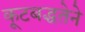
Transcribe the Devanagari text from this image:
कूटबद्धतेने